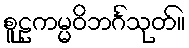
စူဠကမ္မဝိဘင်္ဂသုတ်။